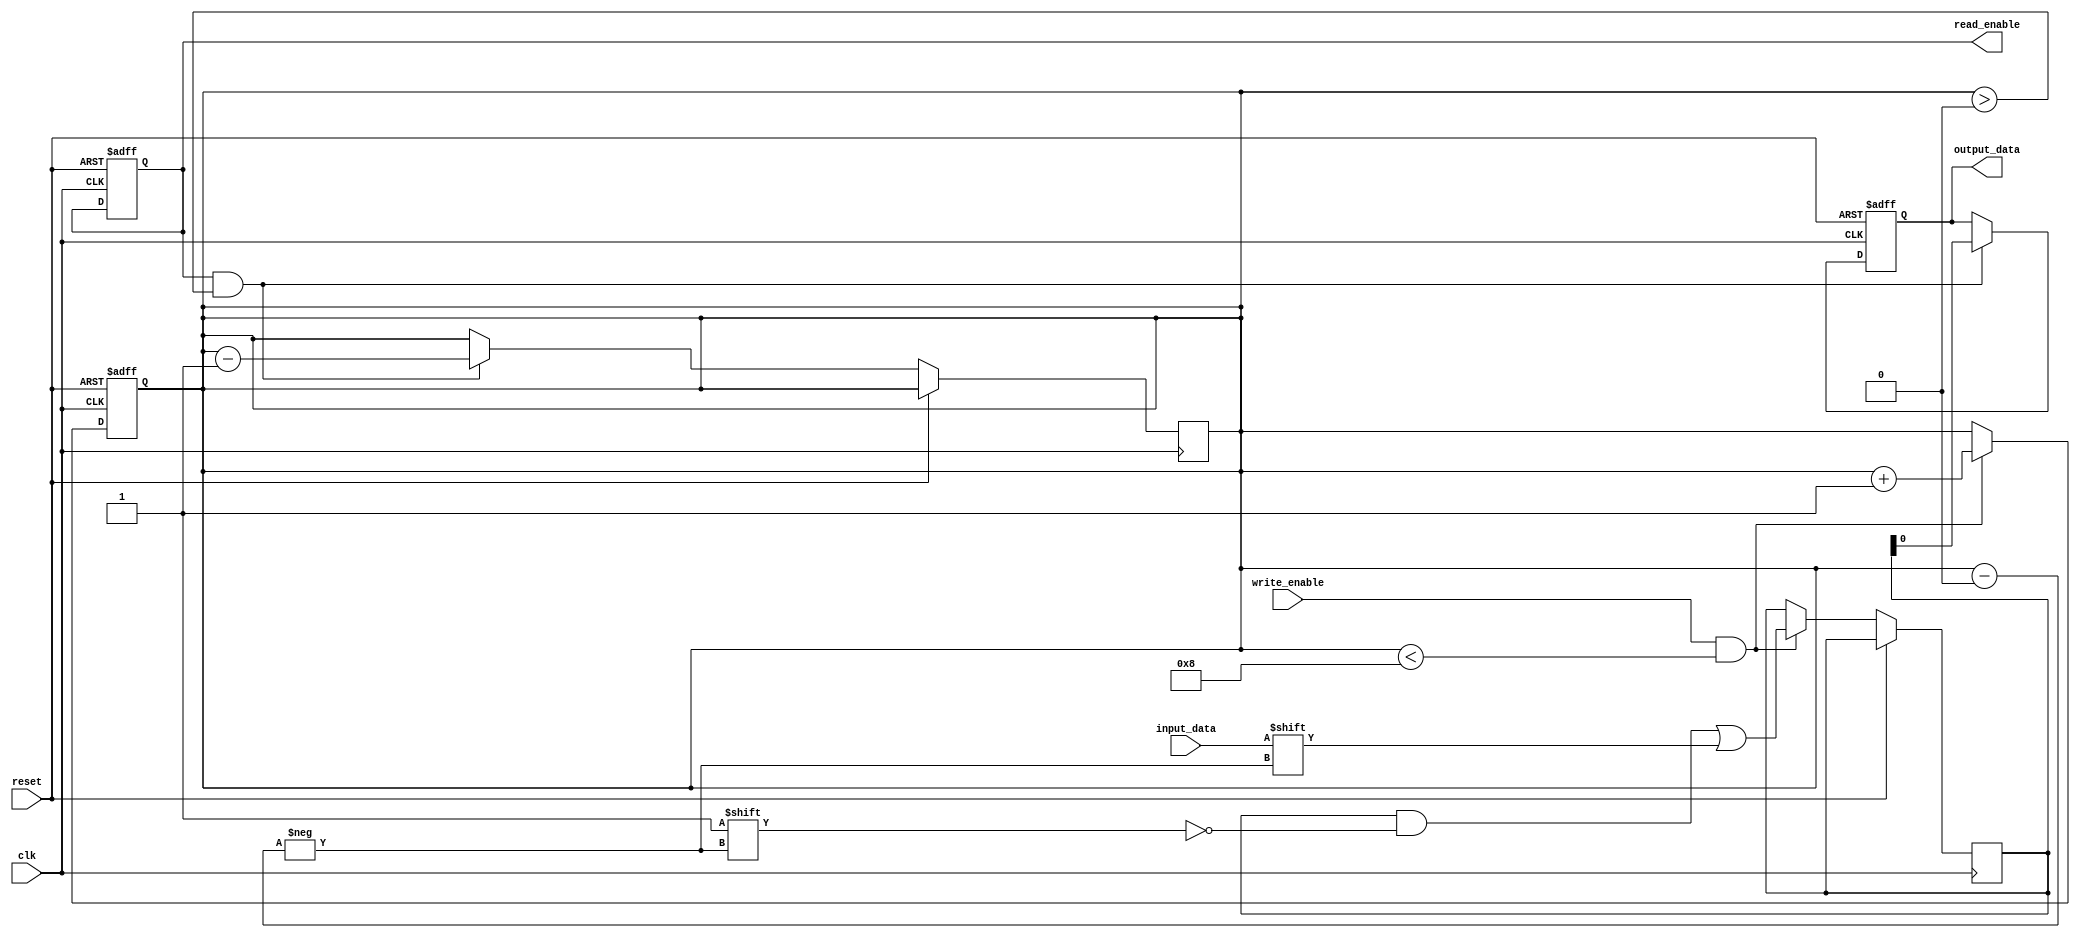
module almost_full_fifo (
    input wire clk,
    input wire reset,
    input wire input_data,
    input wire write_enable,
    output reg output_data,
    output reg read_enable
);

parameter FIFO_DEPTH = 8;
reg [FIFO_DEPTH-1:0] fifo_buffer;
reg [FIFO_DEPTH-1:0] almost_full_threshold;

reg [FIFO_DEPTH-1:0] num_elements;
reg full_flag;

// Control logic to determine when FIFO buffer is almost full
always @ (posedge clk or posedge reset) begin
    if (reset) begin
        num_elements <= 0;
        full_flag <= 0;
    end else begin
        if (write_enable && num_elements < FIFO_DEPTH) begin
            fifo_buffer[num_elements] <= input_data;
            num_elements <= num_elements + 1;
        end
        
        if (num_elements >= almost_full_threshold) begin
            full_flag <= 1;
        end else begin
            full_flag <= 0;
        end
    end
end

// Data synchronization and retrieval logic
always @ (posedge clk or posedge reset) begin
    if (reset) begin
        output_data <= 0;
        read_enable <= 0;
    end else begin
        if (read_enable && num_elements > 0) begin
            output_data <= fifo_buffer[0];
            num_elements <= num_elements - 1;
        end
    end
end

endmodule